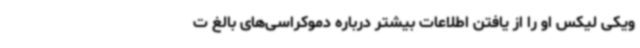
ویکی لیکس او را از یافتن اطلاعات بیشتر درباره دموکراسی‌های بالغ ت